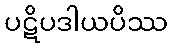
ပဋိပဒါယပိဿ